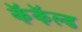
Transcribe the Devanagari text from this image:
कॅकॅल्ड